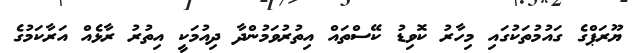
ޔޫރަޕްގެ ގައުމުތަކުގައި މިހާރު ކޮވިޑު ކޭސްތައް އިތުރުވަމުންދާ ދިއުމަކީ އިތުރު ރާޅެއް އަރާކަމުގެ